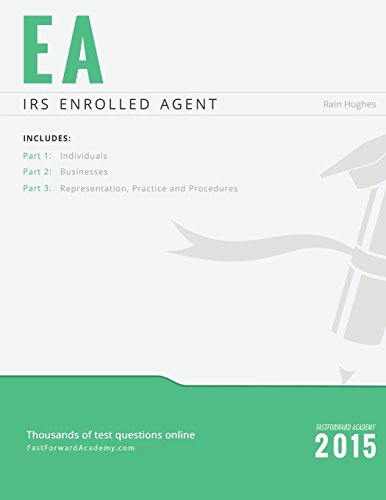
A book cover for IRS Enrolled Agent Exam Study Guide 2015-2016; Rain Hughes; Education & Teaching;